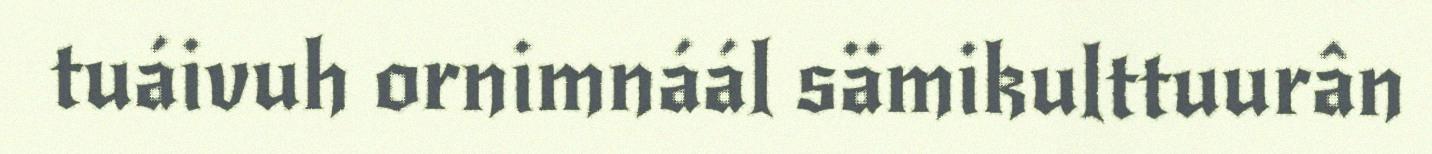
tuáivuh ornimnáál sämikulttuurân